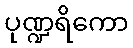
ပုဏ္ဍရိကော